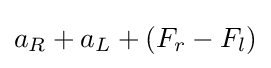
a_{R}+a_{L}+(F_{r}-F_{l})